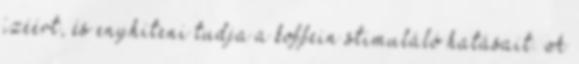
ízéért, és enyhíteni tudja a koffein stimuláló hatásait. A